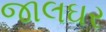
જાલઘર